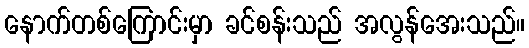
နောက်တစ်ကြောင်းမှာ ခင်စန်းသည် အလွန်အေးသည်။